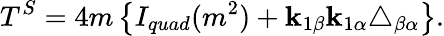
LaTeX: T^{S}=4m\left\{ I_{quad}(m^{2})+\mathbf{k}_{1\beta}\mathbf{k}_{1\alpha}\triangle_{\beta\alpha}\right\} .